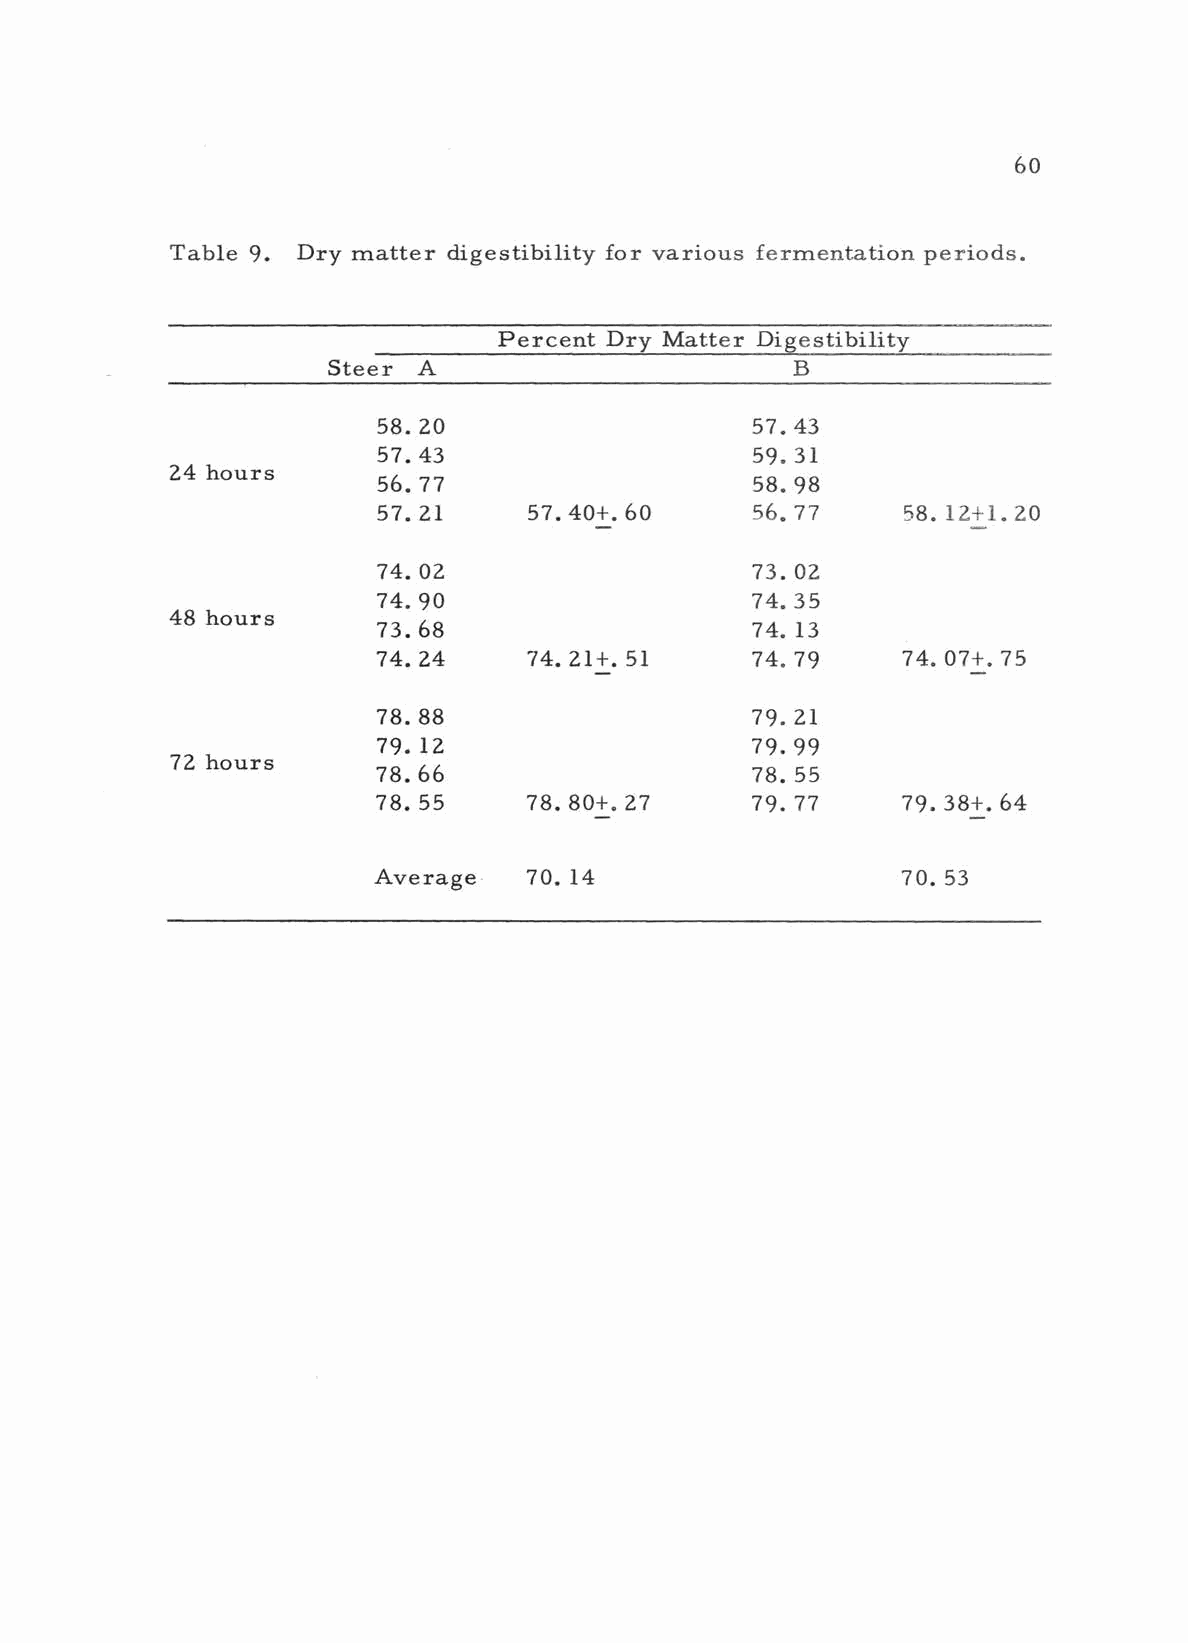
60
 Table 9. Dry matter digestibility for various fermentation periods.
 Percent Dry Matter Digestibility
 Steer A                        B
 58. 20                   57. 43
 57. 43                   59.31
 24 hours
 56. 77                   58. 98
 57. 21    57. 40 +. 60   56.77     58. 12 +1.20
 74. 02                   73. 02
 74. 90                   74.35
 48 hours
 73. 68                   74. 13
 74. 24    74. 21 +. 51   74. 79    74. 07 +. 75
 78. 88                   79. 21
 79. 12                   79. 99
 72 hours
 78. 66                   78. 55
 78.55     78.80 +.27     79.77     79.38 +.64
 Average   70.14                    70.53